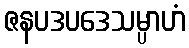
ဇနပဒပဒေသမ္ပာဟံ